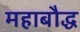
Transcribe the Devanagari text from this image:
महाबौद्ध